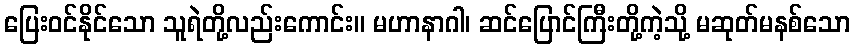
ပြေးဝင်နိုင်သော သူရဲတို့လည်းကောင်း။ မဟာနာဂါ၊ ဆင်ပြောင်ကြီးတို့ကဲ့သို့ မဆုတ်မနစ်သော